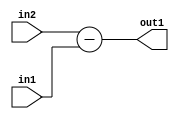
`timescale 1ps / 1ps
/*****************************************************************************
    Verilog RTL Description
    
    
    Created by: Stratus DpOpt 2019.1.01 
*******************************************************************************/

module fix2float_Sub_7Ux8U_8S_1 (
	in2,
	in1,
	out1
	); /* architecture "behavioural" */ 
input [6:0] in2;
input [7:0] in1;
output [7:0] out1;
wire [7:0] asc001;

assign asc001 = 
	+(in2)
	-(in1);

assign out1 = asc001;
endmodule

/* CADENCE  urnzTQE= : u9/ySgnWtBlWxVPRXgAZ4Og= ** DO NOT EDIT THIS LINE ******/